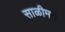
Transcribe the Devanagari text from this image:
साळीमधे